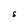
Character: S